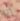
إنه